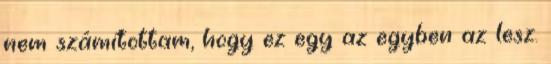
nem számítottam, hogy ez egy az egyben az lesz.